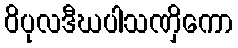
ဝိပုလဒီဃပါသဏှိကော